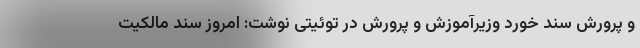
و پرورش سند خورد وزیرآموزش و پرورش در توئیتی نوشت: امروز سند مالکیت